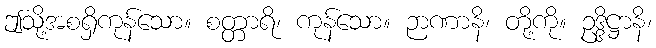
ဤသို့အစရှိကုန်သော။ စတ္တာရိ၊ ကုန်သော။ ဉာဏာနိ၊ တို့ကို။ ဥဒ္ဒိဋ္ဌာနိ၊